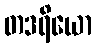
တဒရိယော